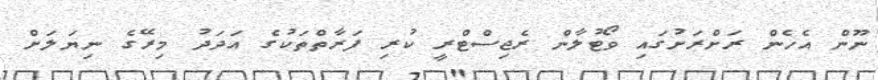
ނޫން އެހެން ރަށްރަށުގައި ވޯޓުލާން ރެޖިސްޓްރީ ކުރި ފަރާތްތަކުގެ އަދަދު މިރޭގެ ނިޔަލަށް